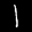
Label: 1